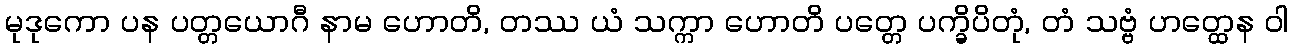
မုဒုကော ပန ပတ္တယောဂီ နာမ ဟောတိ, တဿ ယံ သက္ကာ ဟောတိ ပတ္တေ ပက္ခိပိတုံ, တံ သဗ္ဗံ ဟတ္ထေန ဝါ